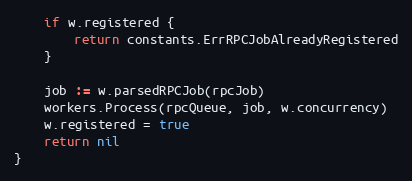
Language: Go
	if w.registered {
		return constants.ErrRPCJobAlreadyRegistered
	}

	job := w.parsedRPCJob(rpcJob)
	workers.Process(rpcQueue, job, w.concurrency)
	w.registered = true
	return nil
}